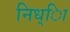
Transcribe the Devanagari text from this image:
निध्ाि